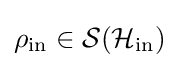
\rho _{\rm {in}}\in {\mathcal {S}}({\mathcal {H}}_{\rm {in}})